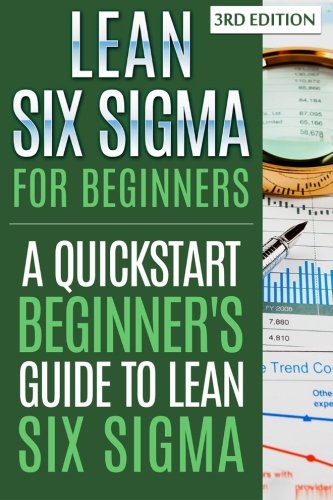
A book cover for Lean Six Sigma For Beginners: A Quickstart Beginner's Guide To Lean Six Sigma; G. Harver; Business & Money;